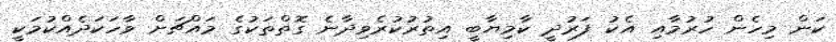
ކަން މިހެން ހުރުމާއި އެކު ފަރުދީ ކާމިޔާބީ އިތުރުކުރެވިދާނެ ގޮތްތަކުގެ މައްޗަށް ވާހަކަދެއްކުމަކީ